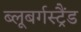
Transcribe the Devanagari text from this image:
ब्‍लूबर्गस्‍ट्रैंड